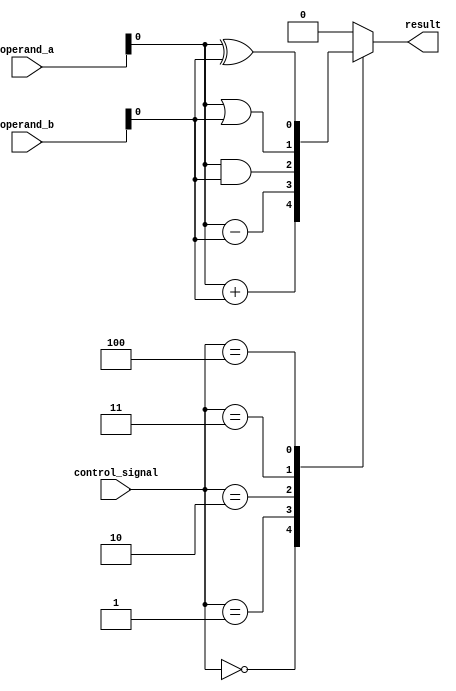
module ALU_1bit (
    input [1:0] operand_a,
    input [1:0] operand_b,
    input [2:0] control_signal,
    output reg result
);

always @(*)
begin
    case(control_signal)
        3'b000: result = operand_a + operand_b; // addition
        3'b001: result = operand_a - operand_b; // subtraction
        3'b010: result = operand_a & operand_b; // AND
        3'b011: result = operand_a | operand_b; // OR
        3'b100: result = operand_a ^ operand_b; // XOR
        default: result = 1'b0; // default is to output 0
    endcase
end

endmodule